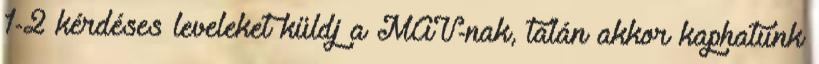
1-2 kérdéses leveleket küldj a MÁV-nak, talán akkor kaphatunk